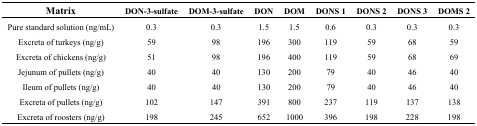
<table><thead><tr><td><b>Matrix</b></td><td><b>DON-3-sulfate</b></td><td><b>DOM-3-sulfate</b></td><td><b>DON</b></td><td><b>DOM</b></td><td><b>DONS 1</b></td><td><b>DONS 2</b></td><td><b>DONS 3</b></td><td><b>DOMS 2</b></td></tr></thead><tbody><tr><td>Pure standard solution (ng/mL)</td><td>0.3</td><td>0.3</td><td>1.5</td><td>1.5</td><td>0.6</td><td>0.3</td><td>0.3</td><td>0.3</td></tr><tr><td>Excreta of turkeys (ng/g)</td><td>59</td><td>98</td><td>196</td><td>300</td><td>119</td><td>59</td><td>68</td><td>59</td></tr><tr><td>Excreta of chickens (ng/g)</td><td>51</td><td>98</td><td>196</td><td>400</td><td>119</td><td>59</td><td>68</td><td>69</td></tr><tr><td>Jejunum of pullets (ng/g)</td><td>40</td><td>40</td><td>130</td><td>200</td><td>79</td><td>40</td><td>46</td><td>40</td></tr><tr><td>Ileum of pullets (ng/g)</td><td>40</td><td>40</td><td>130</td><td>200</td><td>79</td><td>40</td><td>46</td><td>40</td></tr><tr><td>Excreta of pullets (ng/g)</td><td>102</td><td>147</td><td>391</td><td>800</td><td>237</td><td>119</td><td>137</td><td>138</td></tr><tr><td>Excreta of roosters (ng/g)</td><td>198</td><td>245</td><td>652</td><td>1000</td><td>396</td><td>198</td><td>228</td><td>198</td></tr></tbody></table>